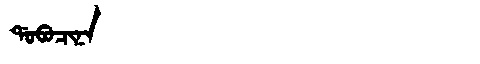
Manchu: ᡩᠣᠪᠣᠴᡳᠨᠠ
Romanization: DOBOCINA